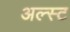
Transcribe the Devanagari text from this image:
अल्स्ट